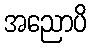
အညောပိ